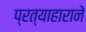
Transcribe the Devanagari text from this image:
प्रत्याहाराने